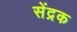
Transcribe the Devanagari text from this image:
सेंद्रक